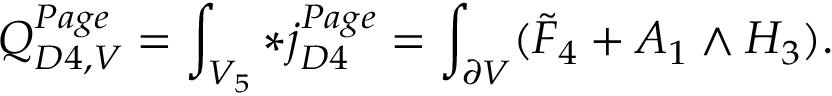
Q _ { D 4 , V } ^ { P a g e } = \int _ { V _ { 5 } } * j _ { D 4 } ^ { P a g e } = \int _ { \partial V } ( \tilde { F } _ { 4 } + A _ { 1 } \wedge H _ { 3 } ) .